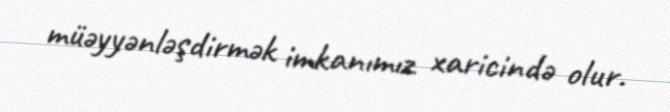
müəyyənləşdirmək imkanımız xaricində olur.